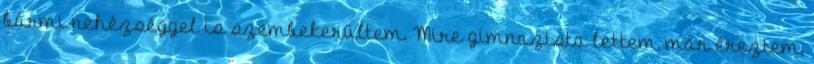
bármi nehézséggel is szembekerültem. Mire gimnazista lettem, már éreztem,